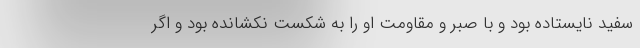
سفید نایستاده بود و با صبر و مقاومت او را به شکست نکشانده بود و اگر